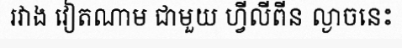
រវាង វៀតណាម ជាមួយ ហ្វីលីពីន ល្ងាចនេះ